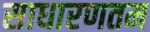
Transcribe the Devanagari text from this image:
साधारणतम